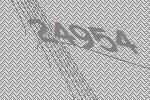
24954